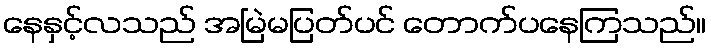
နေနှင့်လသည် အမြဲမပြတ်ပင် တောက်ပနေကြသည်။